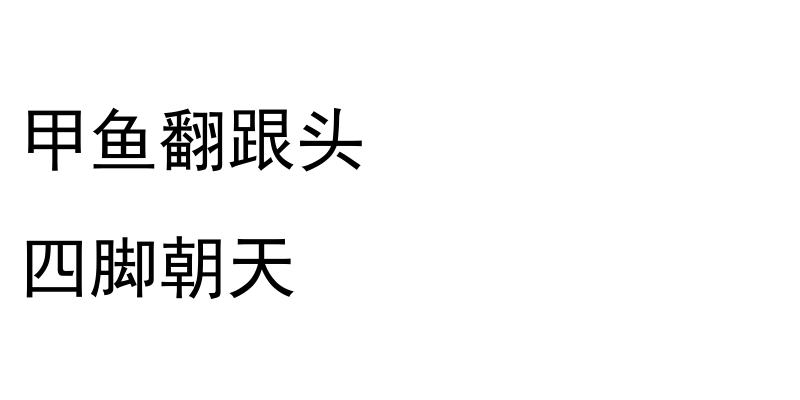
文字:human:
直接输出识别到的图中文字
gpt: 甲鱼翻跟头 四脚朝天